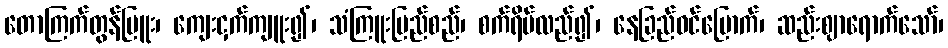
တောကြက်တွန်မြူး၊ ကျေးငှက်ကျူး၍၊ သံကြူးမြည်စည်၊ စက်ရိပ်လည်၍၊ နေခြည်ဝင်မြောက်၊ ဆည်းဈာရောက်သော်၊